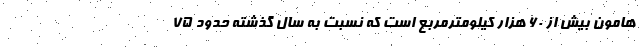
هامون بیش از ۶۰ هزار کیلومترمربع است که نسبت به سال گذشته حدود ۷۵